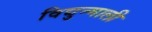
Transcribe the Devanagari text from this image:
विद्युन्माली